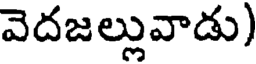
వెదజల్లువాడు)